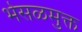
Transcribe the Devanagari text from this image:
भेसळमुक्त